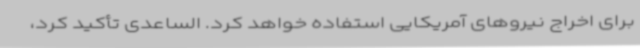
برای اخراج نیروهای آمریکایی استفاده خواهد کرد. الساعدی تأکید کرد،